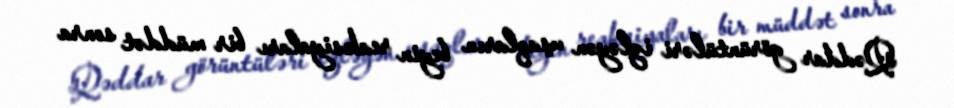
Qəddar görüntüləri izləyən uşaqların beyin reaksiyaları bir müddət sonra